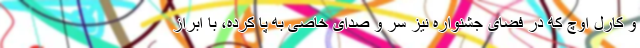
و کارل اوچ که در فضای جشنواره نیز سر و صدای خاصی به پا کرده، با ابراز